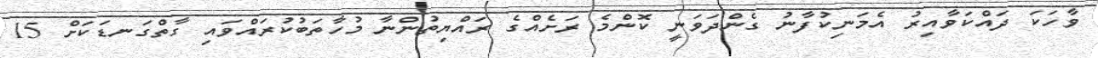
ވާހަކަ ދައްކަވާއިރު އެމަނިކުފާނު ގެންދަވަނީ ކޮންމެ ރަށެއްގެ ރައްޔިތުންނާ މުހާތަބުކުރައްވައި ގާތްގަނޑަކަށް 15